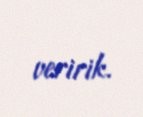
veririk.